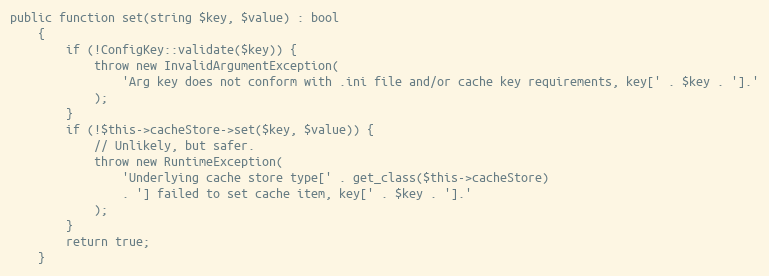
Language: PHP
public function set(string $key, $value) : bool
    {
        if (!ConfigKey::validate($key)) {
            throw new InvalidArgumentException(
                'Arg key does not conform with .ini file and/or cache key requirements, key[' . $key . '].'
            );
        }
        if (!$this->cacheStore->set($key, $value)) {
            // Unlikely, but safer.
            throw new RuntimeException(
                'Underlying cache store type[' . get_class($this->cacheStore)
                . '] failed to set cache item, key[' . $key . '].'
            );
        }
        return true;
    }